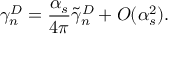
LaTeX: \gamma _ { n } ^ { D } = \frac { \alpha _ { s } } { 4 \pi } \tilde { \gamma } _ { n } ^ { D } + O ( \alpha _ { s } ^ { 2 } ) .